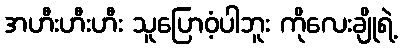
အဟီးဟီးဟီး သူပြောဝံ့ပါဘူး ကိုလေးချိုရဲ့